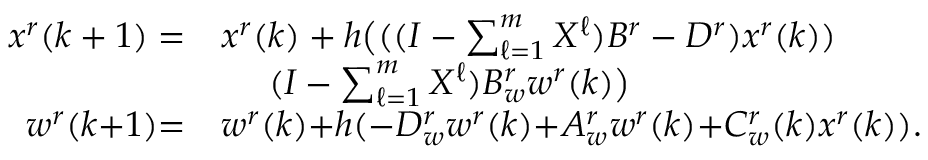
\begin{array} { r l } { x ^ { r } ( k + 1 ) = } & { x ^ { r } ( k ) + h \big ( ( ( I - \textstyle \sum _ { \ell = 1 } ^ { m } X ^ { \ell } ) B ^ { r } - D ^ { r } ) x ^ { r } ( k ) ) } \\ & { ~ ~ ~ ~ ( I - \textstyle \sum _ { \ell = 1 } ^ { m } X ^ { \ell } ) B _ { w } ^ { r } w ^ { r } ( k ) \big ) } \\ { w ^ { r } ( k { + } 1 ) { = } } & { w ^ { r } ( k ) { + } h ( { - } D _ { w } ^ { r } w ^ { r } ( k ) { + } A _ { w } ^ { r } w ^ { r } ( k ) { + } C _ { w } ^ { r } ( k ) x ^ { r } ( k ) ) . } \end{array}